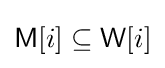
{\mathsf {M}}[i]\subseteq {\mathsf {W}}[i]